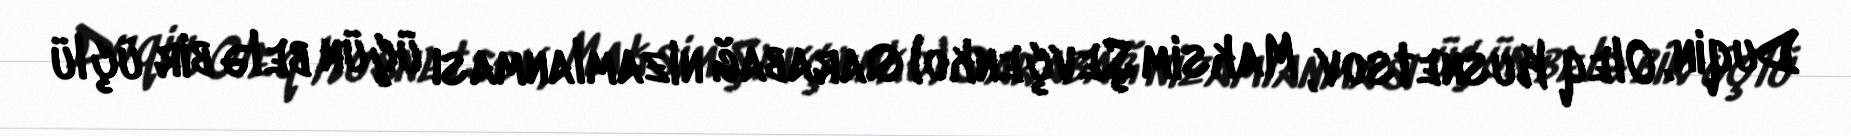
Duqin, Oleq Kusnetsov, Maksim Şevçenko) Qarabağ nizamlanması üçün belə bir üçlü